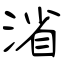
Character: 渻